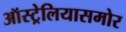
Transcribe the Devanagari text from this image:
ऑस्ट्रेलियासमोर